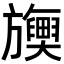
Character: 𬀡